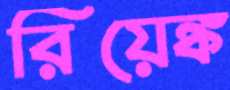
রিয়েঙ্ক